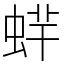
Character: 䖹